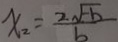
x _ { 2 } = \frac { 2 \sqrt { - b } } { b }